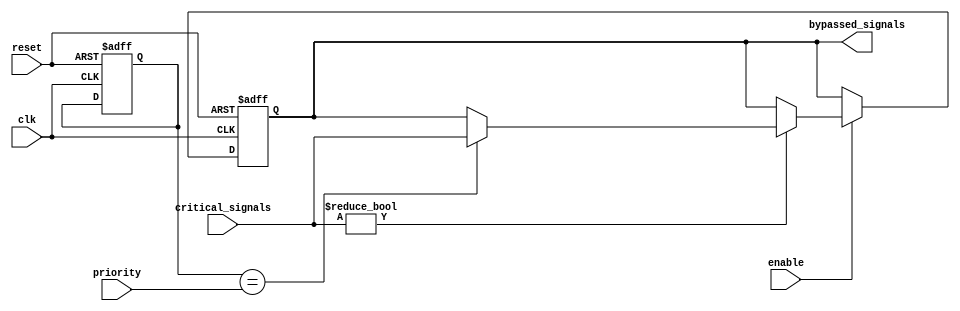
module Priority_Bypass_Register (
    input wire clk,     // Clock input
    input wire reset,   // Reset input
    input wire enable,  // Enable input
    input wire [3:0] priority, // Priority input for critical signals
    input wire [31:0] critical_signals, // Input for critical signals
    output reg [31:0] bypassed_signals // Output for bypassed critical signals
);

// Registers for storing priority information and bypassing critical signals
reg [31:0] priority_register;
reg [31:0] bypassed_register;

always @(posedge clk or posedge reset) begin
    if (reset) begin
        priority_register <= 4'b0000;
        bypassed_register <= 32'b0;
    end
    else if (enable) begin
        if (critical_signals != 32'b0) begin
            if (priority_register == priority) begin
                bypassed_register <= critical_signals;
            end
        end
    end
end

assign bypassed_signals = bypassed_register;

endmodule